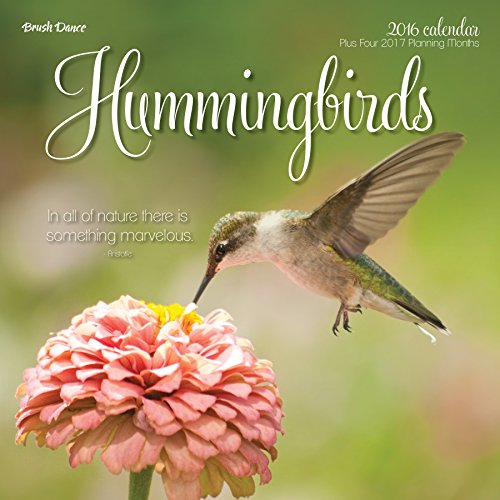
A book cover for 2016 Hummingbirds Wall Calendar; Brush Dance; Calendars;